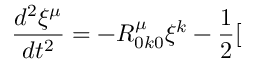
\frac { d ^ { 2 } \xi ^ { \mu } } { d t ^ { 2 } } = - R _ { 0 k 0 } ^ { \mu } \xi ^ { k } - \frac { 1 } { 2 } [